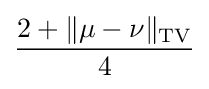
{2+\|\mu -\nu \|_{\text{TV}} \over 4}